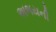
અભયની